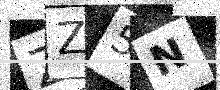
Text: ZZ5N